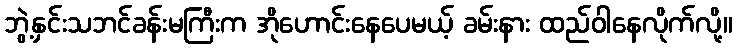
ဘွဲ့နှင်းသဘင်ခန်းမကြီးက အိုဟောင်းနေပေမယ့် ခမ်းနား ထည်ဝါနေလိုက်လို့။